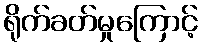
ရိုက်ခတ်မှုကြောင့်